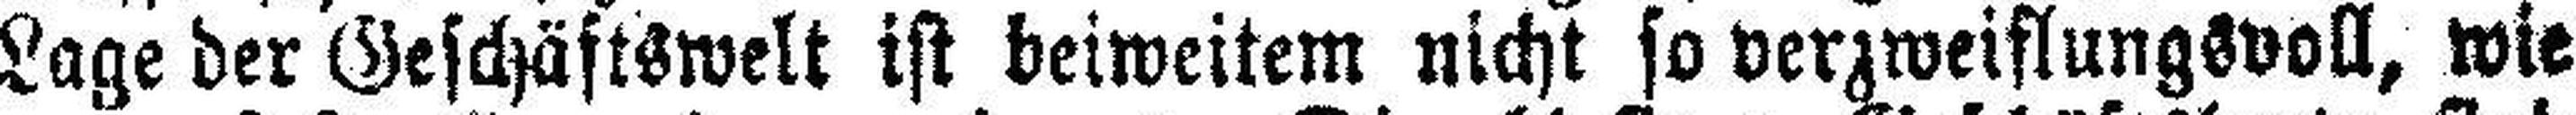
Lage der Geschäftswelt ist beiweitem nicht so verzweiflungsvoll, wie